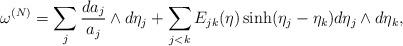
LaTeX: \begin{align*}\omega\sp{(N)}=\sum_{j}\frac{da_{j}}{a_{j}}\wedge d\eta_{j} + \sum_{j<k}E_{jk}(\eta)\sinh(\eta_{j}-\eta_{k}) d\eta_{j}\wedge d\eta_{k}, \end{align*}